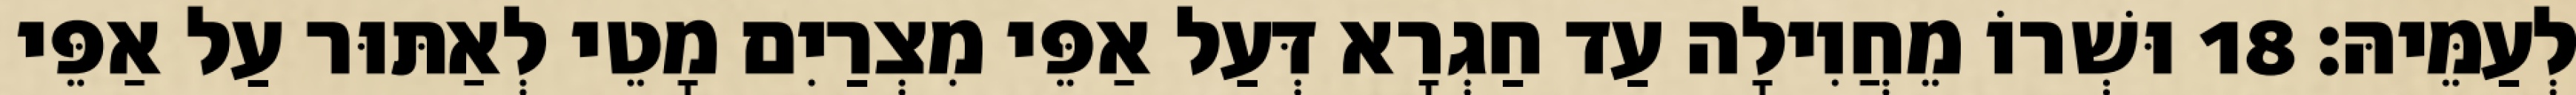
לְעַמֵּיהּ׃ 18 וּשְׁרוֹ מֵחֲוִילָה עַד חַגְרָא דְּעַל אַפֵּי מִצְרַיִם מָטֵי לְאַתּוּר עַל אַפֵּי